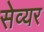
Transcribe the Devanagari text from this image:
सेव्यर